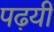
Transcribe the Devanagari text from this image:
पढ़यी